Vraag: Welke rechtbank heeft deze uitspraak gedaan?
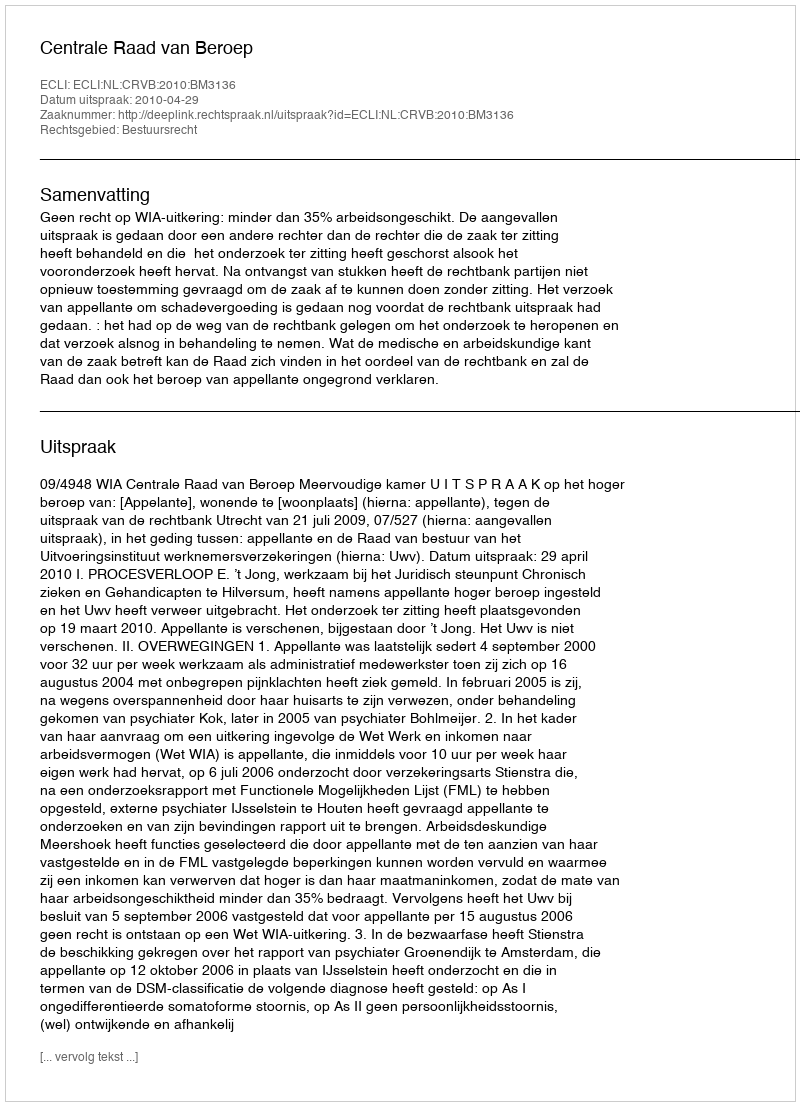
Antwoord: Centrale Raad van Beroep